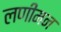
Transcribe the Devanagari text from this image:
लणीमन